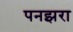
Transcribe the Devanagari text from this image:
पनझरा